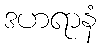
ဒဟရာနံ